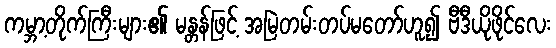
ကမ္ဘာ့တိုက်ကြီးများ၏ မန္တန်ဖြင့် အမြဲတမ်းတပ်မတော်ဟူ၍ ဗီဒီယိုဖိုင်လေး